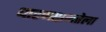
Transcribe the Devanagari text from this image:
धारणक्षमतेला